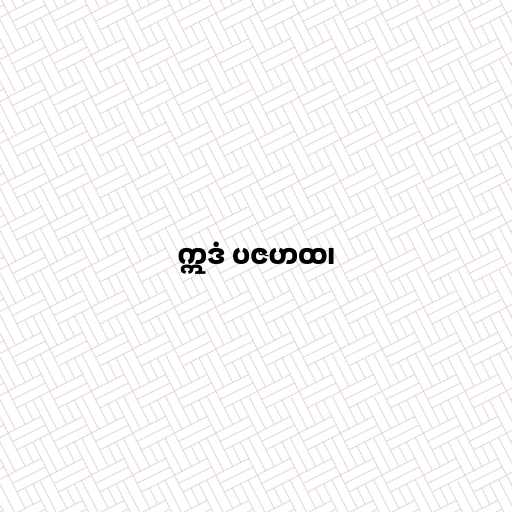
ဣဒံ ပဇဟထ၊